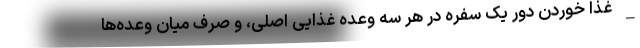
_ غذا خوردن دور یک سفره در هر سه وعده غذایی اصلی، و صرف میان وعده‌ها